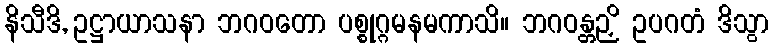
နိသီဒိ, ဥဋ္ဌာယာသနာ ဘဂဝတော ပစ္စုဂ္ဂမနမကာသိ။ ဘဂဝန္တဉှိ ဥပဂတံ ဒိသွာ